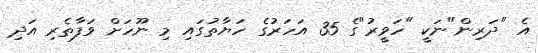
އެ "ދަރިން"ނަކީ "ހަވީރު"ގެ 35 އަހަރުގެ ހަޔާތުގައި މި ނޫހަށް ވަފާތެރި އަދި